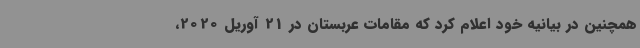
همچنین در بیانیه خود اعلام کرد که مقامات عربستان در 21 آوریل 2020،